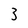
Character: 3